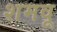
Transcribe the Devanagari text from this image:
शमवू